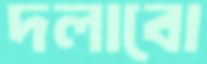
দলাবো